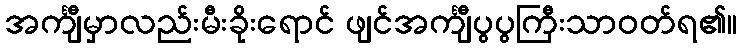
အင်္ကျီမှာလည်းမီးခိုးရောင် ဖျင်အင်္ကျီပွပွကြီးသာဝတ်ရ၏။